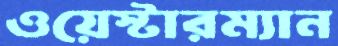
ওয়েস্টারম্যান